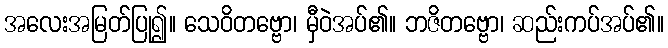
အလေးအမြတ်ပြု၍။ သေဝိတဗ္ဗော၊ မှီဝဲအပ်၏။ ဘဇိတဗ္ဗော၊ ဆည်းကပ်အပ်၏။